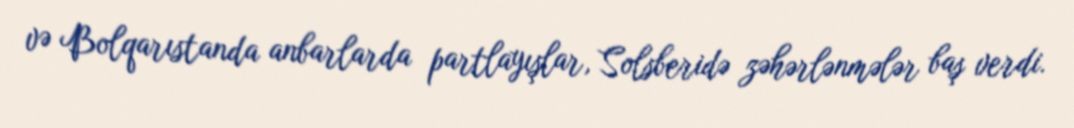
və Bolqarıstanda anbarlarda partlayışlar, Solsberidə zəhərlənmələr baş verdi.